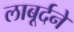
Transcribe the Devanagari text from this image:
लाबूर्दने